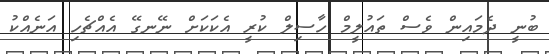
ބުނީ ދެމައިން ވެސް ތައުލީމް ހާސިލް ކުރީ އެކަކަށް ނޭނގޭ އެއްޗެހި އަނެއްކު